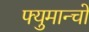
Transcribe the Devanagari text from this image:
फ्युमान्चो